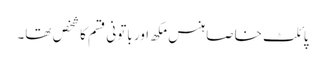
پائلٹ خاصا ہنس مکھ اور باتونی قسم کا شخص تھا۔